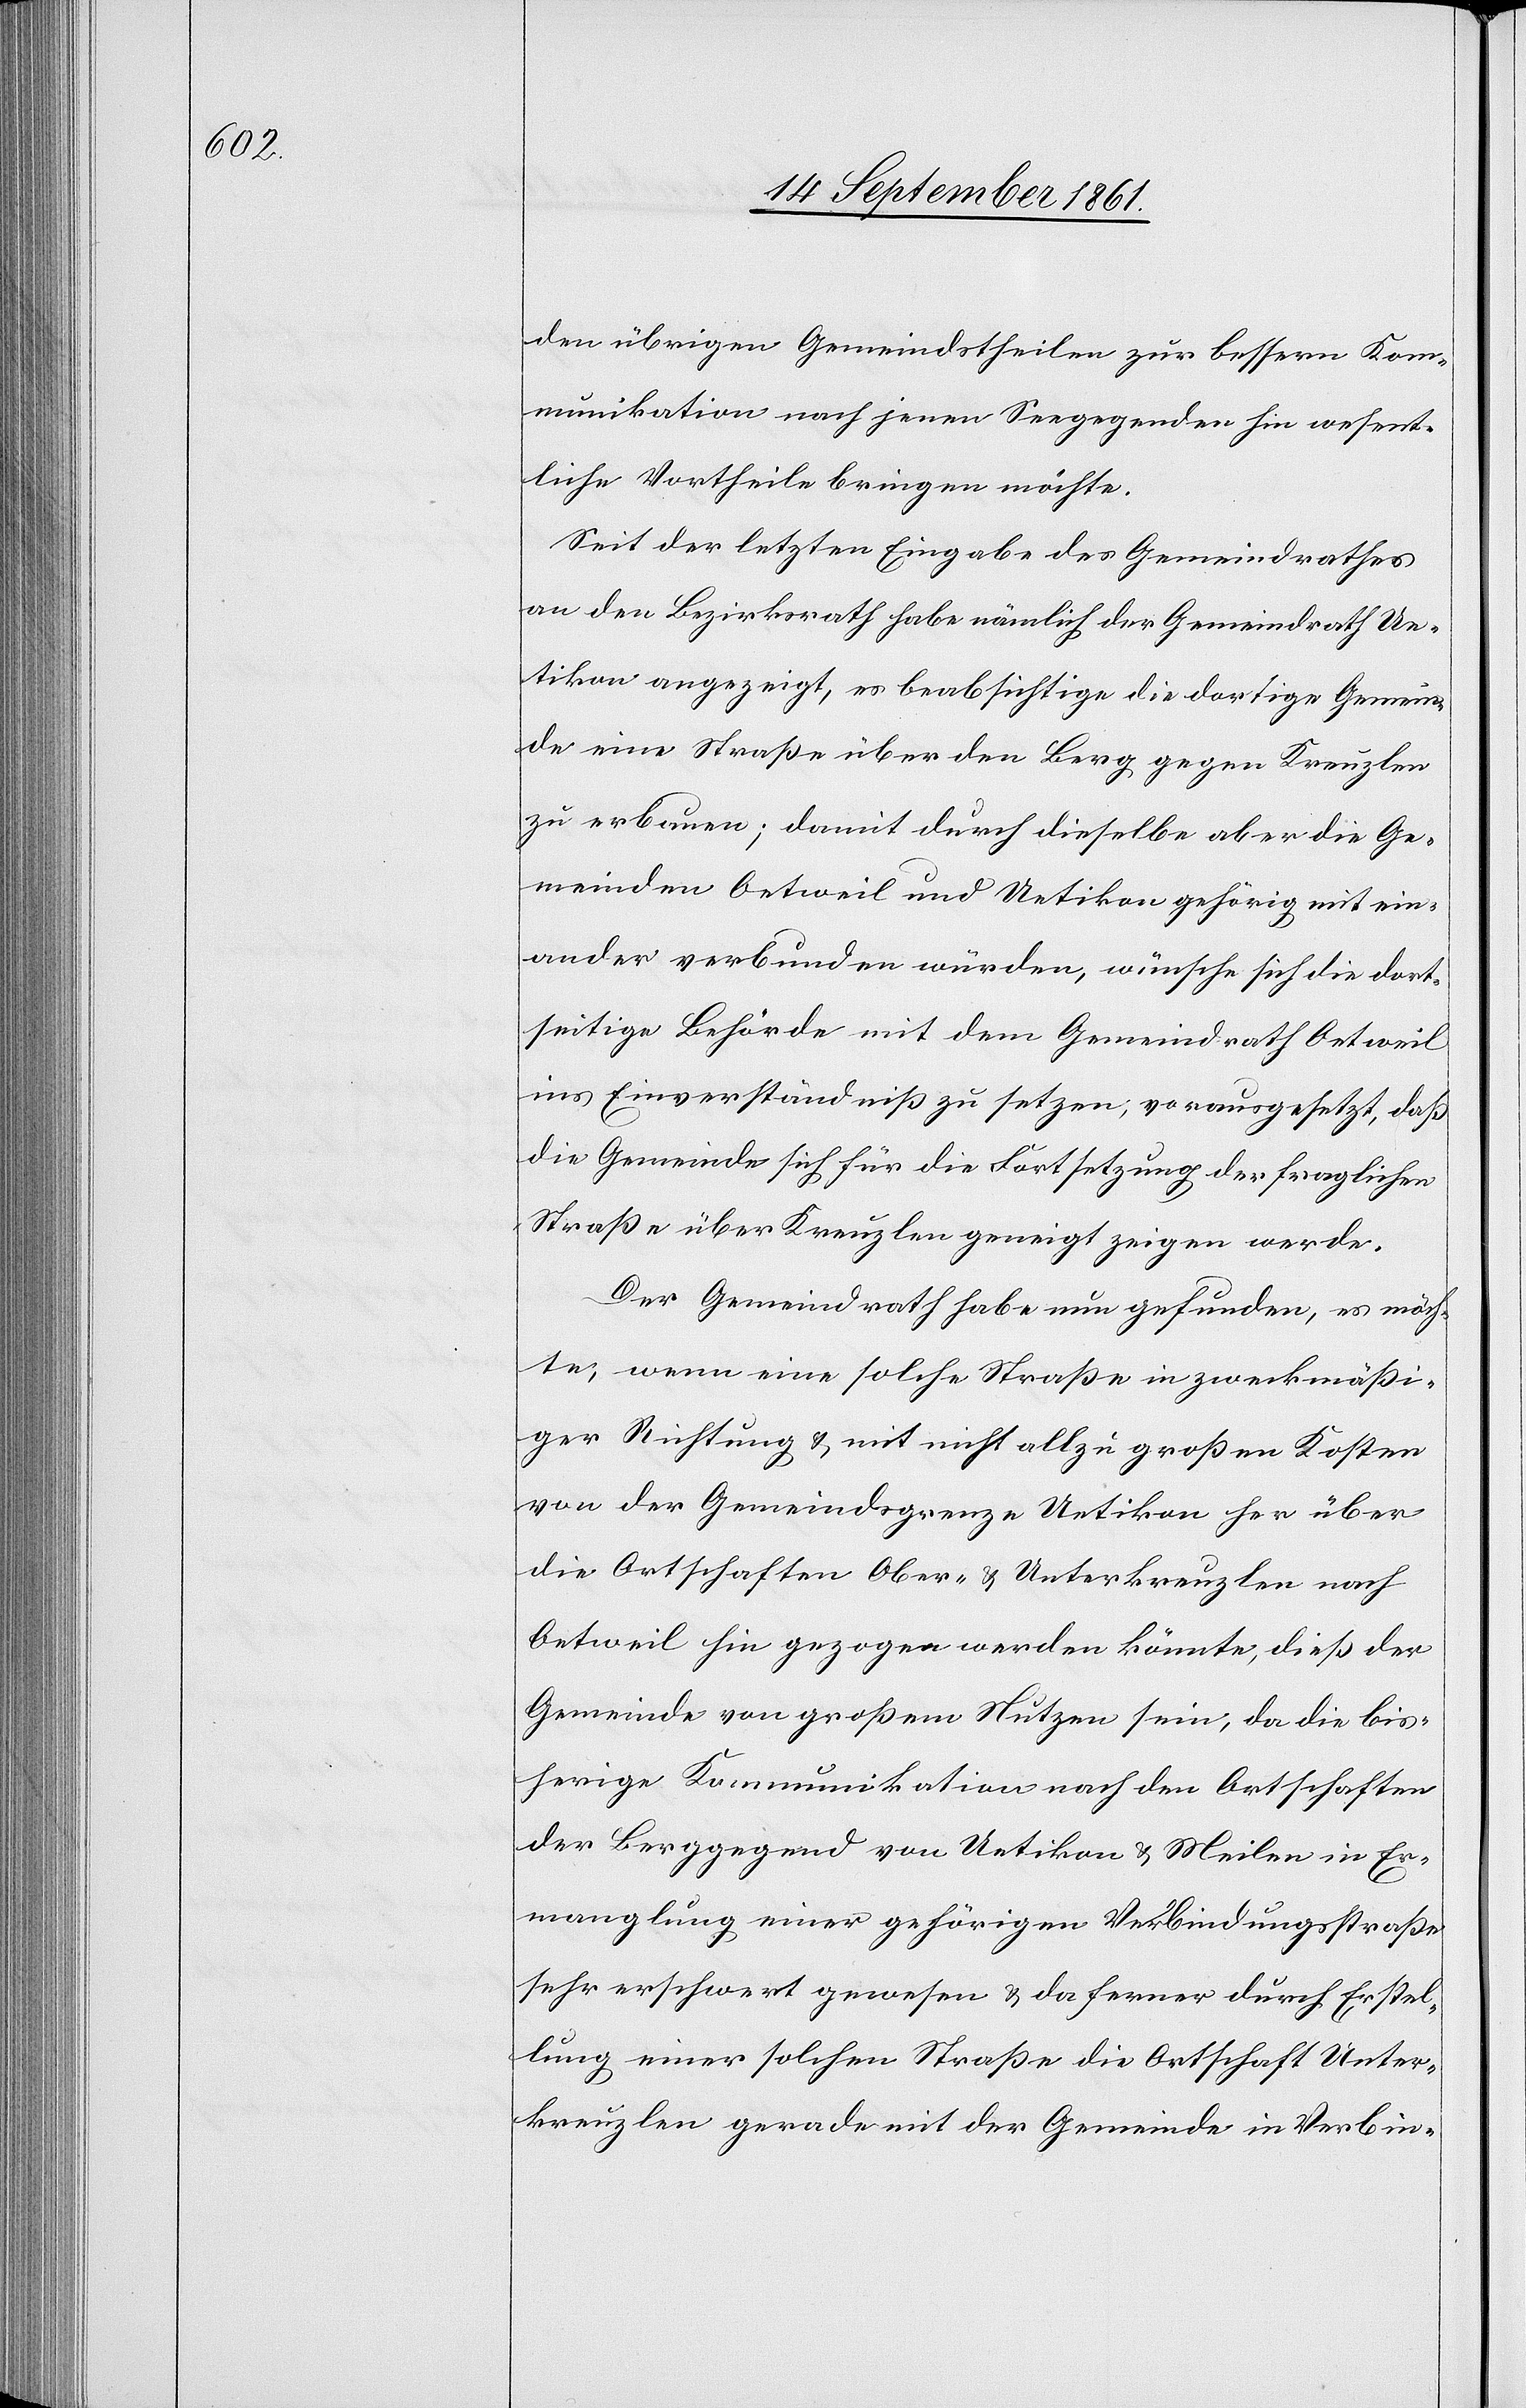
den übrigen Gemeindstheilen zur bessern Kom¬
munikation nach jenen Seegegenden hin wesent¬
liche Vortheile bringen möchte.
Seit der letzten Eingabe des Gemeindrathes
an den Bezirksrath habe nämlich der Gemeindrath Ue¬
tikon angezeigt, es beabsichtige die dortige Gemein¬
de eine Straße über den Berg gegen Kreuzlen
zu erbauen; damit durch dieselbe aber die Ge¬
meinden Oetweil und Uetikon gehörig mit ein¬
ander verbunden würden, wünsche sich die dort¬
seitige Behörde mit dem Gemeindrath Oetweil
ins Einverständniß zu setzen, vorausgesetzt, daß
die Gemeinde sich für die Fortsetzung der fraglichen
Straße über Kreuzlen geneigt zeigen werde.
Der Gemeindrath habe nun gefunden, es möch¬
te, wenn eine solche Straße in zweckmäßi¬
ger Richtung u. mit nicht allzu großen Kosten
von der Gemeindsgrenze Uetikon her über
die Ortschaften Ober- u. Unterkreuzlen nach
Oetweil hin gezogen werden könnte, dieß der
Gemeinde von großem Nutzen sein, da die bis¬
herige Kommunikation nach den Ortschaften
der Berggegend von Uetikon u. Meilen in Er¬
manglung einer gehörigen Verbindungsstraße
sehr erschwert gewesen u. da ferner durch Erstel¬
lung einer solchen Straße die Ortschaft Unter¬
kreuzlen gerade mit der Gemeinde in Verbin-